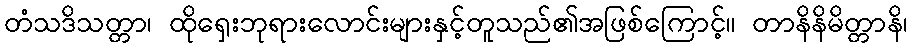
တံသဒိသတ္တာ၊ ထိုရှေးဘုရားလောင်းများနှင့်တူသည်၏အဖြစ်ကြောင့်။ တာနိနိမိတ္တာနိ၊